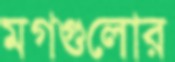
মগগুলোর